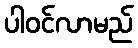
ပါဝင်လာမည်